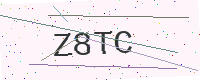
Text: Z8TC